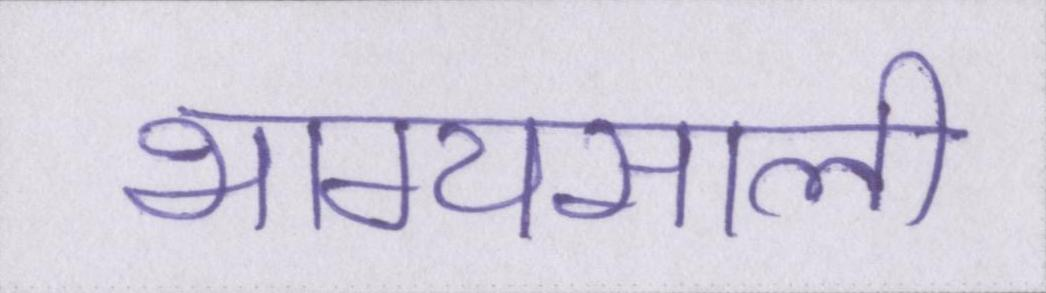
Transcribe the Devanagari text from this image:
भाग्यसाली